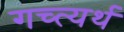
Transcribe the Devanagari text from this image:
गच्त्यर्थ